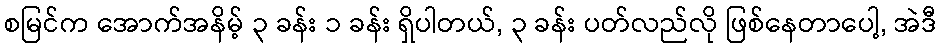
စမြင်က အောက်အနိမ့် ၃ ခန်း ၁ ခန်း ရှိပါတယ်, ၃ ခန်း ပတ်လည်လို ဖြစ်နေတာပေါ့, အဲဒီ